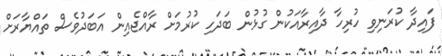
ފައިދާ ކުރަނިވި ހުރިހާ ދާއިރާއަކުން ގުޅުން ބަދަހި ކުރުމަށް ރާއްޖެއިން އަބަދުވެސް ތައްޔާރަށް